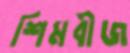
শিমবীজ